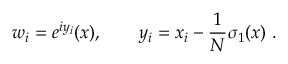
w _ { i } = e ^ { i y _ { i } } ( x ) , \qquad y _ { i } = x _ { i } - \frac 1 N \sigma _ { 1 } ( x ) \ .